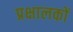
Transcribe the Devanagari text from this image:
प्रक्षालकों